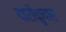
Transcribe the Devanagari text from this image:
पारीकुपार